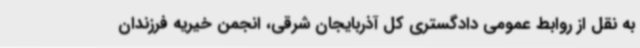
به نقل از روابط عمومی دادگستری کل آذربایجان شرقی، انجمن خیریه فرزندان